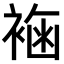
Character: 𧛳